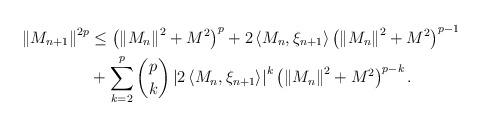
LaTeX: \begin{align*} \left\| M_{n+1}\right\|^{2p} & \leq \left( \left\| M_{n} \right\|^{2} + M^{2}\right)^{p} + 2 \left\langle M_{n} , \xi_{n+1} \right\rangle \left( \left\| M_{n} \right\|^{2} + M^{2} \right)^{p-1} \\& + \sum_{k=2}^{p}\binom{p}{k}\left| 2 \left\langle M_{n} , \xi_{n+1} \right\rangle \right|^{k} \left( \left\| M_{n} \right\|^{2} + M^{2} \right)^{p-k}. \end{align*}